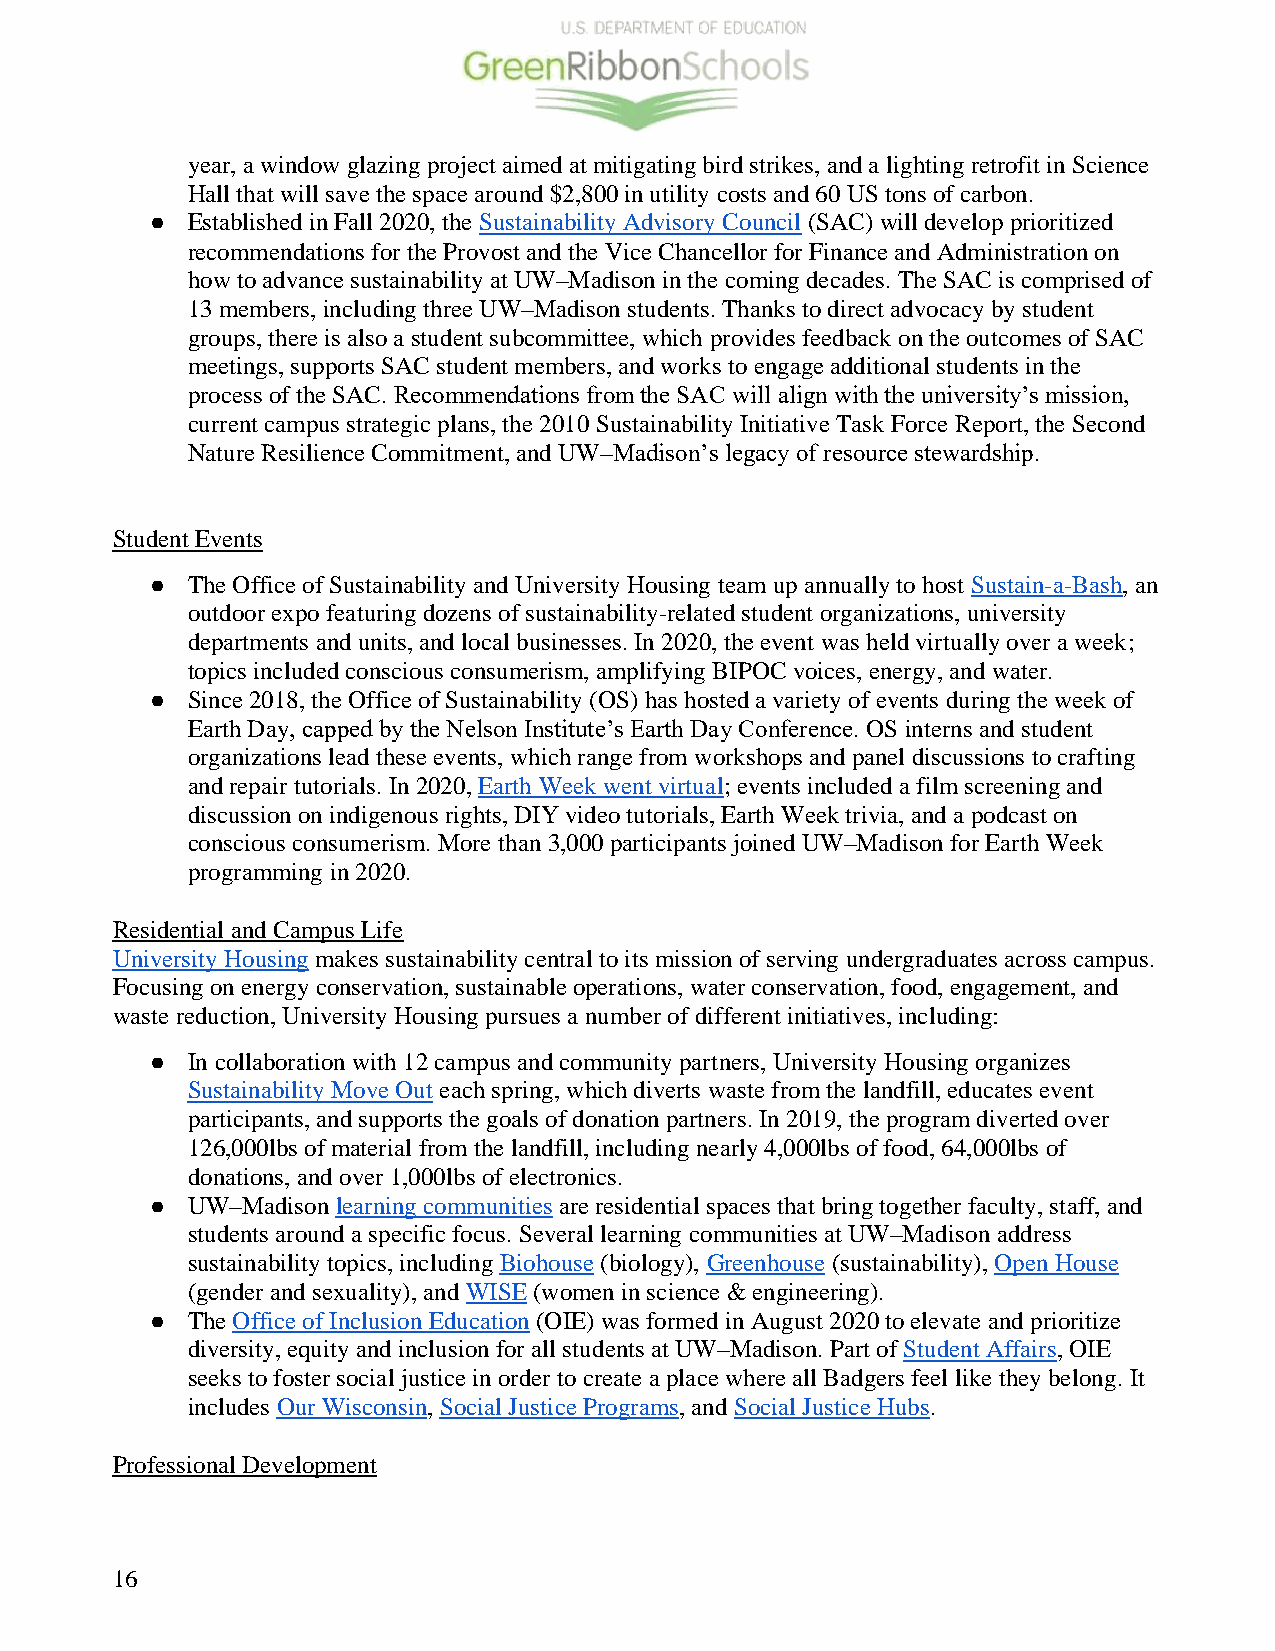
year, a window glazing project aimed at mitigating bird strikes, and a lighting retrofit in Science
 Hall that will save the space around $2,800 in utility costs and 60 US tons of carbon.
 ● Established in Fall 2020, the Sustainability Advisory Council (SAC) will develop prioritized
 recommendations for the Provost and the Vice Chancellor for Finance and Administration on
 how to advance sustainability at UW–Madison in the coming decades. The SAC is comprised of
 13 members, including three UW–Madison students. Thanks to direct advocacy by student
 groups, there is also a student subcommittee, which provides feedback on the outcomes of SAC
 meetings, supports SAC student members, and works to engage additional students in the
 process of the SAC. Recommendations from the SAC will align with the university’s mission,
 current campus strategic plans, the 2010 Sustainability Initiative Task Force Report, the Second
 Nature Resilience Commitment, and UW–Madison’s legacy of resource stewardship.
 Student Events
 ● The Office of Sustainability and University Housing team up annually to host Sustain-a-Bash, an
 outdoor expo featuring dozens of sustainability-related student organizations, university
 departments and units, and local businesses. In 2020, the event was held virtually over a week;
 topics included conscious consumerism, amplifying BIPOC voices, energy, and water.
 ● Since 2018, the Office of Sustainability (OS) has hosted a variety of events during the week of
 Earth Day, capped by the Nelson Institute’s Earth Day Conference. OS interns and student
 organizations lead these events, which range from workshops and panel discussions to crafting
 and repair tutorials. In 2020, Earth Week went virtual; events included a film screening and
 discussion on indigenous rights, DIY video tutorials, Earth Week trivia, and a podcast on
 conscious consumerism. More than 3,000 participants joined UW–Madison for Earth Week
 programming in 2020.
 Residential and Campus Life
 University Housing makes sustainability central to its mission of serving undergraduates across campus.
 Focusing on energy conservation, sustainable operations, water conservation, food, engagement, and
 waste reduction, University Housing pursues a number of different initiatives, including:
 ● In collaboration with 12 campus and community partners, University Housing organizes
 Sustainability Move Out each spring, which diverts waste from the landfill, educates event
 participants, and supports the goals of donation partners. In 2019, the program diverted over
 126,000lbs of material from the landfill, including nearly 4,000lbs of food, 64,000lbs of
 donations, and over 1,000lbs of electronics.
 ● UW–Madison learning communities are residential spaces that bring together faculty, staff, and
 students around a specific focus. Several learning communities at UW–Madison address
 sustainability topics, including Biohouse (biology), Greenhouse (sustainability), Open House
 (gender and sexuality), and WISE (women in science & engineering).
 ● The Office of Inclusion Education (OIE) was formed in August 2020 to elevate and prioritize
 diversity, equity and inclusion for all students at UW–Madison. Part of Student Affairs, OIE
 seeks to foster social justice in order to create a place where all Badgers feel like they belong. It
 includes Our Wisconsin, Social Justice Programs, and Social Justice Hubs.
 Professional Development
 16